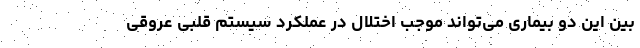
بین این دو بیماری می‌تواند موجب اختلال در عملکرد سیستم قلبی عروقی